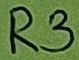
Text: R3